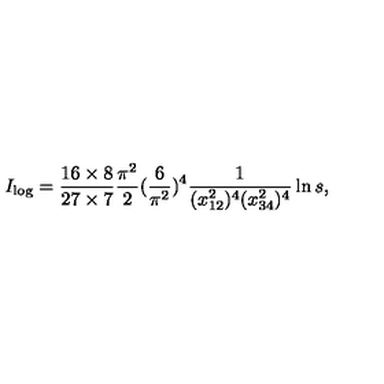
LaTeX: I _ { \log } = \frac { 1 6 \times 8 } { 2 7 \times 7 } \frac { \pi ^ { 2 } } { 2 } ( \frac { 6 } { \pi ^ { 2 } } ) ^ { 4 } \frac { 1 } { ( x _ { 1 2 } ^ { 2 } ) ^ { 4 } ( x _ { 3 4 } ^ { 2 } ) ^ { 4 } } \ln s ,